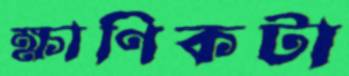
ক্ষাণিকটা